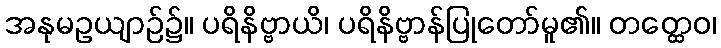
အနုမဥယျာဉ်၌။ ပရိနိဗ္ဗာယိ၊ ပရိနိဗ္ဗာန်ပြုတော်မူ၏။ တတ္ထေဝ၊